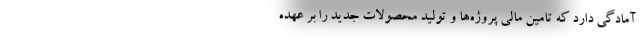
آمادگی دارد که تامین مالی پروژه‌ها و تولید محصولات جدید را بر عهده